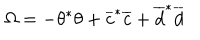
\Omega = - \theta ^ { * } \theta + \overline { { c } } ^ { * } \overline { { c } } + \overline { { d } } ^ { * } \overline { { d } }